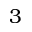
3